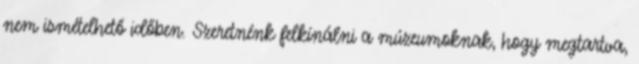
nem ismételhető időben. Szeretnénk felkínálni a múzeumoknak, hogy megtartva,